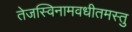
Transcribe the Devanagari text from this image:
तेजस्विनामवधीतमस्तु